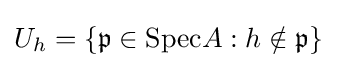
U_{h}=\{{\mathfrak {p}}\in {\text{Spec}}A:h\notin {\mathfrak {p}}\}